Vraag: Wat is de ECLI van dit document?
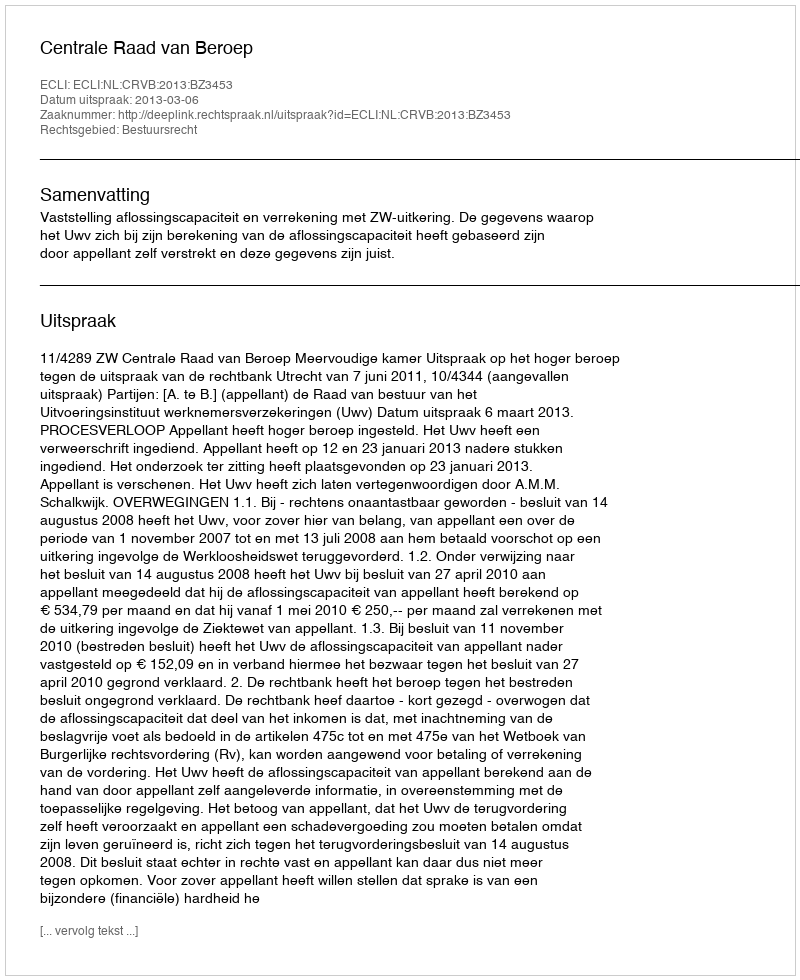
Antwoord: ECLI:NL:CRVB:2013:BZ3453